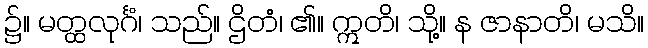
၌။ မတ္ထလုင်္ဂံ၊ သည်။ ဌိတံ၊ ၏။ ဣတိ၊ သို့။ န ဇာနာတိ၊ မသိ။